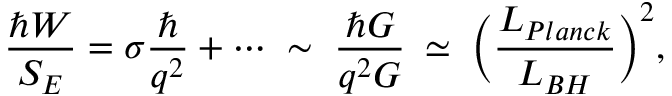
\frac { \hbar W } { S _ { E } } = \sigma \frac { \hbar } { q ^ { 2 } } + \cdots \; \sim \; \frac { \hbar G } { q ^ { 2 } G } \: \simeq \; \biggl ( \frac { L _ { P l a n c k } } { L _ { B H } } \biggr ) ^ { 2 } ,